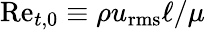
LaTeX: \mathrm{Re}_{t,0}\equiv\rho u_{\mathrm{rms}}\ell/\mu